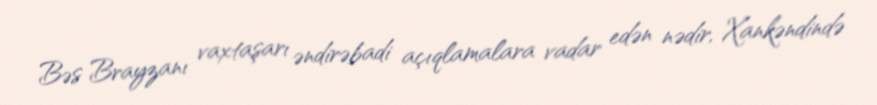
Bəs Brayzanı vaxtaşarı əndirəbadi açıqlamalara vadar edən nədir, Xankəndində